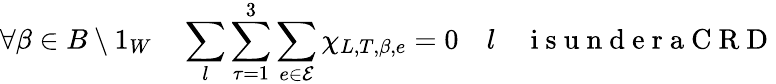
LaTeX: \forall\beta\in B\setminus 1_{W}\quad\sum_{l}\sum_{\tau=1}^{3}\sum_{e\in\mathcal{E}}\chi_{L,T,\beta,e}=0\quad l\quad\mathrm{~i~s~u~n~d~e~r~a~C~R~D~}